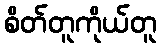
စိတ်တူကိုယ်တူ